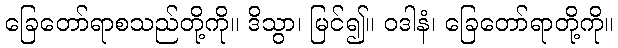
ခြေတော်ရာစသည်တို့ကို။ ဒိသွာ၊ မြင်၍။ ဝဒါနံ၊ ခြေတော်ရာတို့ကို။